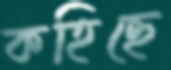
কহিছে